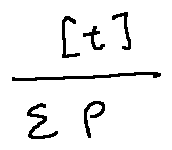
\frac { [ t ] } { \sum P }